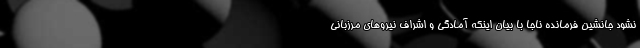
نشود جانشین فرمانده ناجا با بیان اینکه آمادگی و اشراف نیروهای مرزبانی